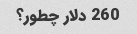
260 دلار چطور؟